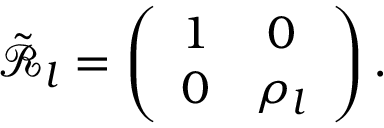
\tilde { \mathcal { R } } _ { l } = \left( \begin{array} { c c } { 1 } & { 0 } \\ { 0 } & { \rho _ { l } } \end{array} \right) .